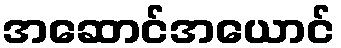
အဆောင်အယောင်